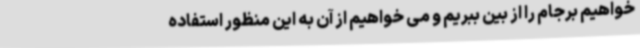
خواهیم برجام را از بین ببریم و می خواهیم از آن به این منظور استفاده